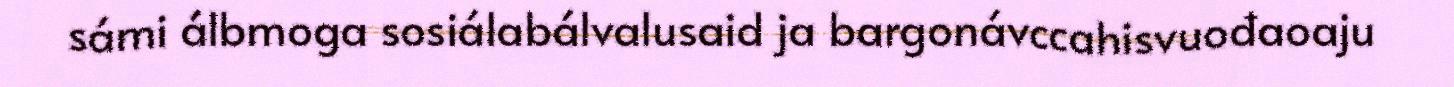
sámi álbmoga sosiálabálvalusaid ja bargonávccahisvuođaoaju